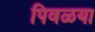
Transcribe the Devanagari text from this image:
पिवळया